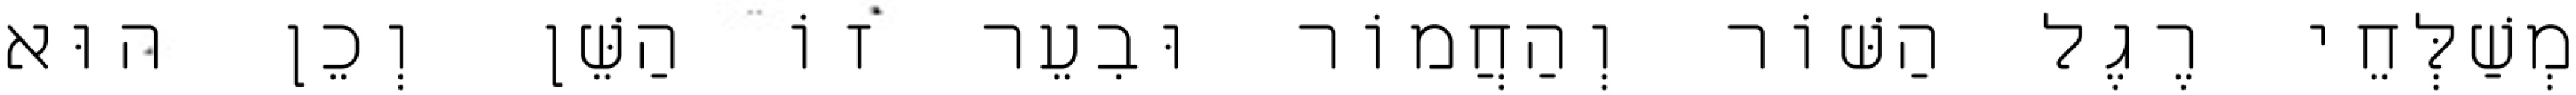
מְשַׁלְּחֵי רֶגֶל הַשּׁוֹר וְהַחֲמוֹר וּבִעֵר זוֹ הַשֵּׁן וְכֵן הוּא